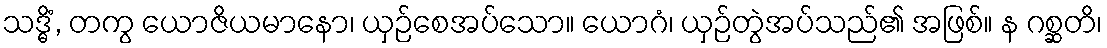
သဒ္ဓိံ, တကွ ယောဇိယမာနော၊ ယှဉ်စေအပ်သော။ ယောဂံ၊ ယှဉ်တွဲအပ်သည်၏ အဖြစ်။ န ဂစ္ဆတိ၊